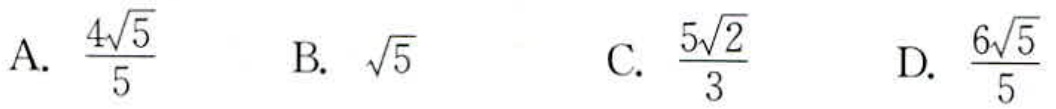
A. $\frac{4\sqrt{5}}{5}$  B. $\sqrt{5}$  C. $\frac{5\sqrt{2}}{3}$  D. $\frac{6\sqrt{5}}{5}$